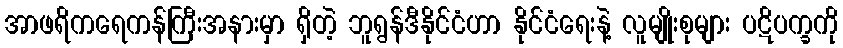
အာဖရိကရေကန်ကြီးအနားမှာ ရှိတဲ့ ဘူရွန်ဒီနိုင်ငံဟာ နိုင်ငံရေးနဲ့ လူမျိုးစုများ ပဋိပက္ခကို